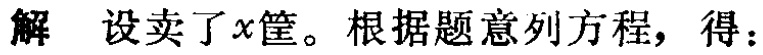
解 设卖了\(x\)筐。根据题意列方程，得：